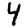
Digit: 4